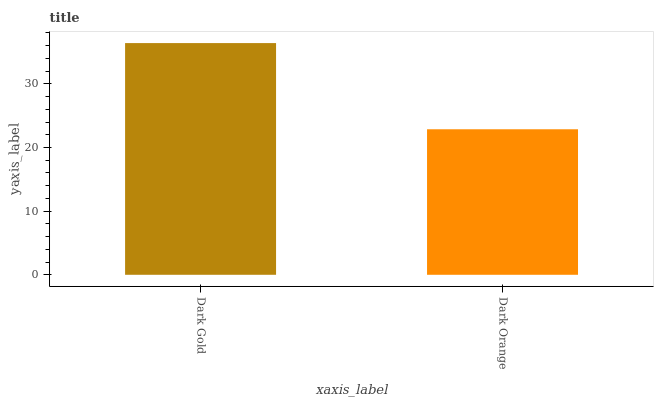
| xaxis_label | bars |
 | --- | --- |
 | Dark Gold | 36.4 |
 | Dark Orange | 22.9 |